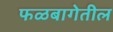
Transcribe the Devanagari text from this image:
फळबागेतील